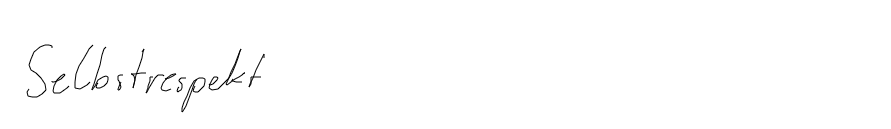
Selbstrespekt